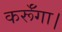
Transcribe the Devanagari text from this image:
कर्रूँगा।